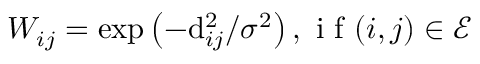
W _ { i j } = \exp \left( - \mathrm { d } _ { i j } ^ { 2 } / \sigma ^ { 2 } \right) , \mathrm { ~ i ~ f ~ } ( i , j ) \in \mathcal { E }